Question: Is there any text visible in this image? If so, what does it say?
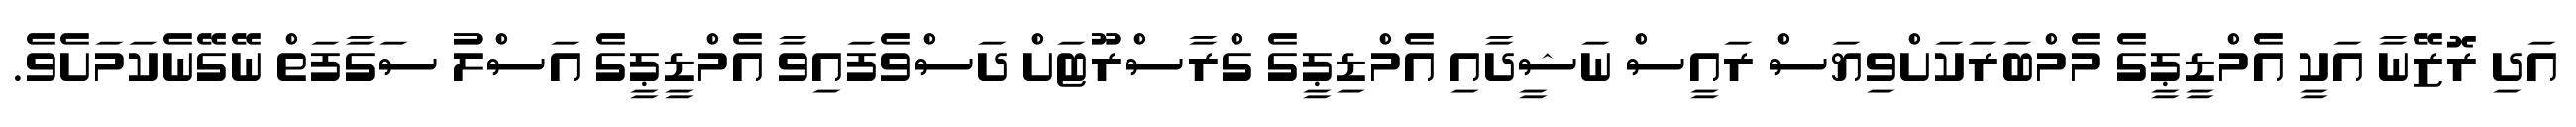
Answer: އަދި ރޮޒޭނާ އަކީ އެމްޑީޕީގެ މެމްބަރަކަށްވިޔަސް ރައީސް ނަޝީދާއި އެމްޑިޕީގެ ގްރާސްރޫޓަށް ދަސްވެފައިވާ އެމްޑީޕީގެ އަސްލު ސަގާފަތް ނޭގޭނެކަމަށެވެ.